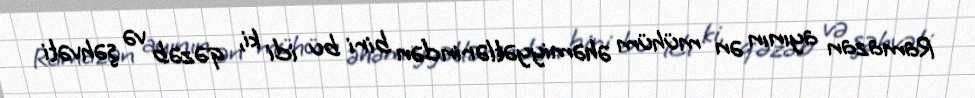
Ramazan ayının ən mühüm əhəmiyyətlərindən biri bu idi ki, qəzəb və şəhvəti